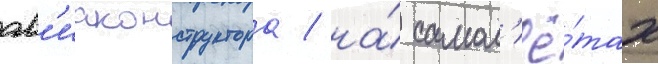
ав'иаконструктора / на́ самол'ё́тах